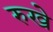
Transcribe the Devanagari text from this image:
रुखे